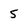
Character: 5